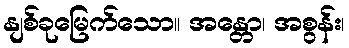
နျစ်ခုမြေက်သော။ အန္တော၊ အစွန်း၊